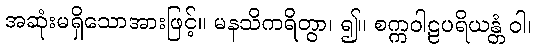
အဆုံးမရှိသောအားဖြင့်။ မနသိကရိတွာ၊ ၍။ စက္ကဝါဠပရိယန္တံ ဝါ၊